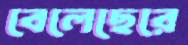
বেলেছেরে